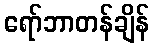
ရော်ဘာတန်ချိန်